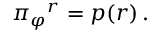
\pi { _ { \varphi } } { ^ { r } } = p ( r ) \, .